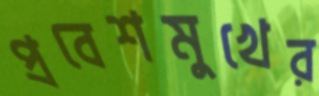
প্রবেশমুখের